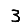
Digit: 3